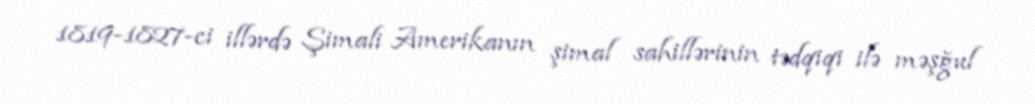
1819-1827-ci illərdə Şimali Amerikanın şimal sahillərinin tədqiqi ilə məşğul